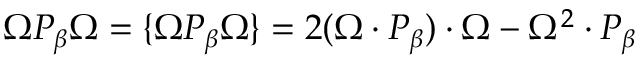
\Omega P _ { \beta } \Omega = \{ \Omega P _ { \beta } \Omega \} = 2 ( \Omega \cdot P _ { \beta } ) \cdot \Omega - \Omega ^ { 2 } \cdot P _ { \beta }